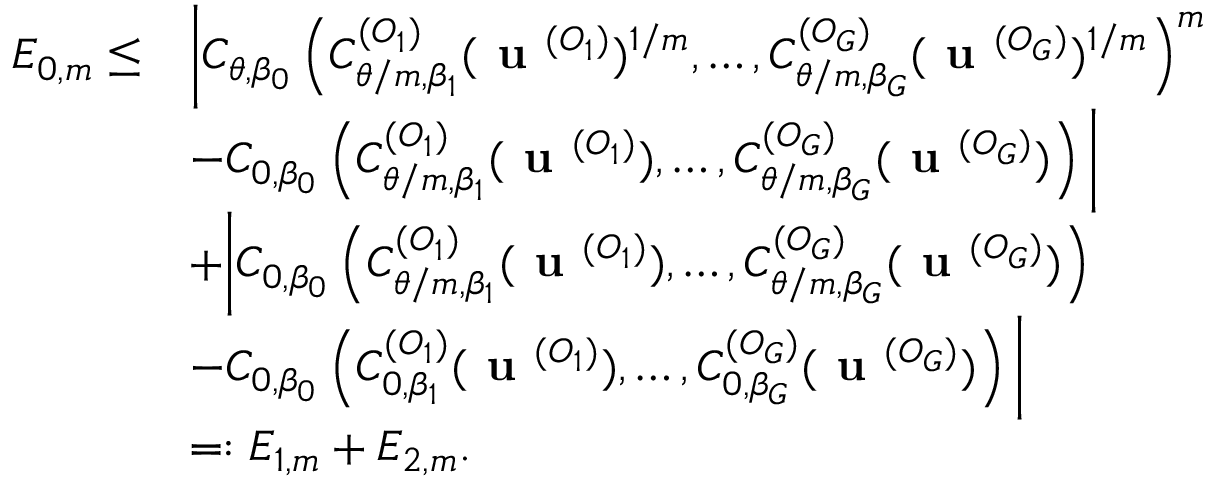
\begin{array} { r l } { E _ { 0 , m } \leq } & { \bigg | C _ { \theta , \beta _ { 0 } } \left( C _ { \theta / m , \beta _ { 1 } } ^ { ( O _ { 1 } ) } ( \textbf { u } ^ { ( O _ { 1 } ) } ) ^ { 1 / m } , \dots , C _ { \theta / m , \beta _ { G } } ^ { ( O _ { G } ) } ( \textbf { u } ^ { ( O _ { G } ) } ) ^ { 1 / m } \right) ^ { m } } \\ & { - C _ { 0 , \beta _ { 0 } } \left( C _ { \theta / m , \beta _ { 1 } } ^ { ( O _ { 1 } ) } ( \textbf { u } ^ { ( O _ { 1 } ) } ) , \dots , C _ { \theta / m , \beta _ { G } } ^ { ( O _ { G } ) } ( \textbf { u } ^ { ( O _ { G } ) } ) \right) \bigg | } \\ & { + \bigg | C _ { 0 , \beta _ { 0 } } \left( C _ { \theta / m , \beta _ { 1 } } ^ { ( O _ { 1 } ) } ( \textbf { u } ^ { ( O _ { 1 } ) } ) , \dots , C _ { \theta / m , \beta _ { G } } ^ { ( O _ { G } ) } ( \textbf { u } ^ { ( O _ { G } ) } ) \right) } \\ & { - C _ { 0 , \beta _ { 0 } } \left( C _ { 0 , \beta _ { 1 } } ^ { ( O _ { 1 } ) } ( \textbf { u } ^ { ( O _ { 1 } ) } ) , \dots , C _ { 0 , \beta _ { G } } ^ { ( O _ { G } ) } ( \textbf { u } ^ { ( O _ { G } ) } ) \right) \bigg | } \\ & { = : E _ { 1 , m } + E _ { 2 , m } . } \end{array}